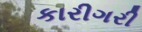
કારીગરી